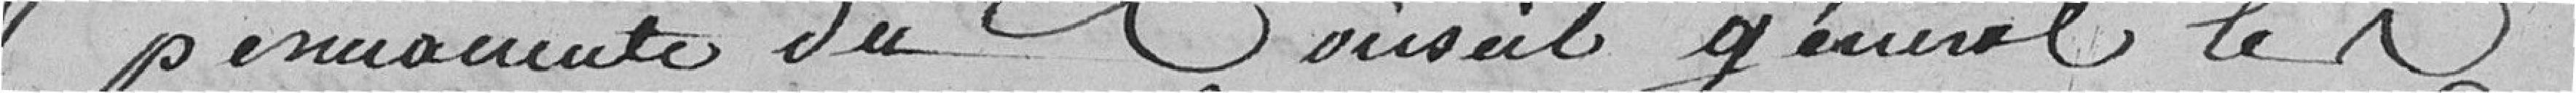
permanente du Conseil Général les